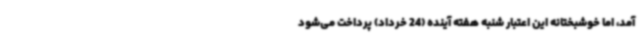
آمد، اما خوشبختانه این اعتبار شنبه هفته آینده (24 خرداد) پرداخت می‌شود